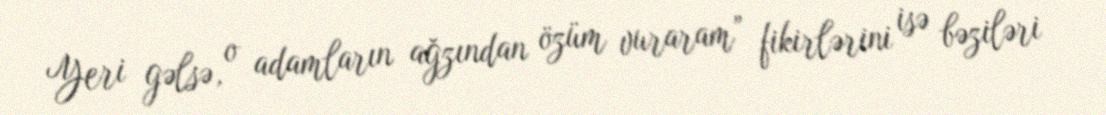
Yeri gəlsə, o adamların ağzından özüm vuraram” fikirlərini isə bəziləri